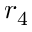
r _ { 4 }